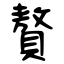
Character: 贅